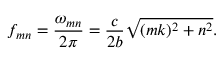
f _ { m n } = \frac { \omega _ { m n } } { 2 \pi } = \frac { c } { 2 b } \sqrt { ( m k ) ^ { 2 } + n ^ { 2 } } .